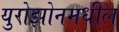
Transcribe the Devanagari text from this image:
युरोझोनमधील